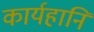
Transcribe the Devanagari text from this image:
कार्यहानि